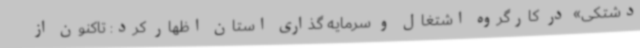
دشتکی» در کارگروه اشتغال و سرمایه گذاری استان اظهار کرد: تاکنون از